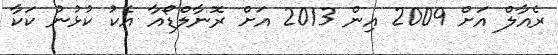
ރެއާލް އަށް 2009 އިން 2013 އަށް ރޮނާލްޑޯއާ އެކު ކުޅުނު ކަކާ